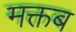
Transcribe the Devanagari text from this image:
मक्तब